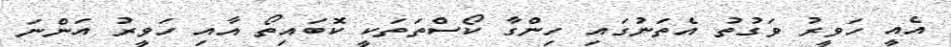
އެއީ ހަވީރު ވަގުތު އެތަނުގައި ހިންގާ ކޯސްތަތަކީ ކޮބައިތޯ އާއި ހަވީރު އަންނަ